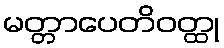
မတ္တာပေတိဝတ္ထု